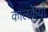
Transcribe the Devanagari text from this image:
कालकेयों